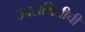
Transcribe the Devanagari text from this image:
उपसमितीची